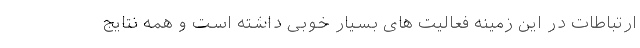
ارتباطات در این زمینه فعالیت های بسیار خوبی داشته است و همه نتایج